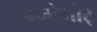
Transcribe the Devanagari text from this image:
म्च्ग्रेगोर्